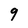
Character: 9